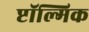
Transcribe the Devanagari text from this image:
प्टॉल्मिक